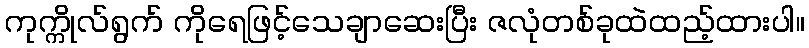
ကုက္ကိုလ်ရွက် ကိုရေဖြင့်သေချာဆေးပြီး ဇလုံတစ်ခုထဲထည့်ထားပါ။